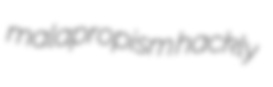
malapropism hackly